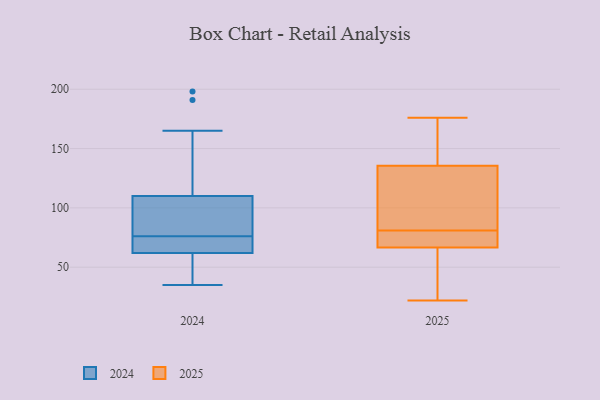
{"axis": {"x": "Budget (USD K)", "y": "Value"}, "legend": ["2024", "2025"], "data": [{"x": "", "y": 81, "type": "2025"}, {"x": "", "y": 176, "type": "2025"}, {"x": "", "y": 71, "type": "2025"}, {"x": "", "y": 116, "type": "2025"}, {"x": "", "y": 116, "type": "2025"}, {"x": "", "y": 80, "type": "2025"}, {"x": "", "y": 57, "type": "2025"}, {"x": "", "y": 36, "type": "2025"}, {"x": "", "y": 22, "type": "2025"}, {"x": "", "y": 160, "type": "2025"}, {"x": "", "y": 71, "type": "2025"}, {"x": "", "y": 142, "type": "2025"}, {"x": "", "y": 65, "type": "2025"}, {"x": "", "y": 155, "type": "2025"}, {"x": "", "y": 102, "type": "2025"}, {"x": "", "y": 198, "type": "2024"}, {"x": "", "y": 103, "type": "2024"}, {"x": "", "y": 42, "type": "2024"}, {"x": "", "y": 100, "type": "2024"}, {"x": "", "y": 77, "type": "2024"}, {"x": "", "y": 62, "type": "2024"}, {"x": "", "y": 191, "type": "2024"}, {"x": "", "y": 74, "type": "2024"}, {"x": "", "y": 41, "type": "2024"}, {"x": "", "y": 75, "type": "2024"}, {"x": "", "y": 86, "type": "2024"}, {"x": "", "y": 66, "type": "2024"}, {"x": "", "y": 73, "type": "2024"}, {"x": "", "y": 50, "type": "2024"}, {"x": "", "y": 110, "type": "2024"}, {"x": "", "y": 35, "type": "2024"}, {"x": "", "y": 149, "type": "2024"}, {"x": "", "y": 165, "type": "2024"}]}